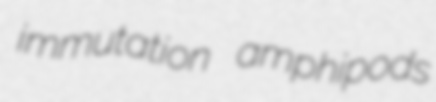
immutation amphipods